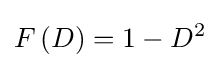
F\left(D\right)=1-{D^{2}}